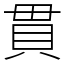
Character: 貫